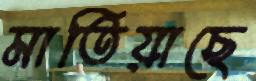
মাতিয়াছে